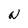
Character: N